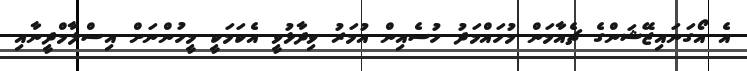
އެ އޯގަނައިޒޭޝަންގެ ޗެއާމަން މުހައްމަދު ހުސެއިން އުމަރު ވިދާޅުވީ އެކަމަކީ މީހުންނަށް އިސްލާމްދީނާއި